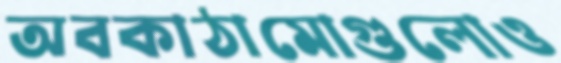
অবকাঠামোগুলোও